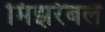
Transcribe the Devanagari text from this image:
मिझरेबल